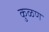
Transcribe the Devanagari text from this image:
कुळण